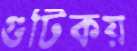
গুটিকয়